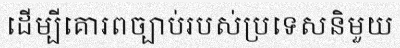
ដើម្បីគោរពច្បាប់របស់ប្រទេសនិមួយ